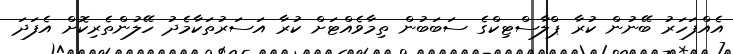
އެއްފަހަރު ބޭނުން ކުރާ ޕްލާސްޓިކްގެ ސަބަބުން ތިމާވެއްޓަށް ކުރާ އަސަރުތަކާމެދު ހޭލުންތެރިކޮށް އެފަދަ